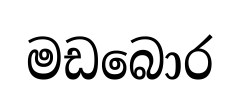
මඩබොර